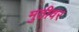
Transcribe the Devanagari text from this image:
मुठीवर